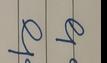
Signature authenticity: genuine